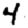
Digit: 4